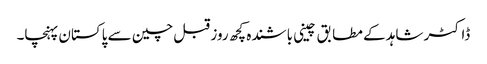
ڈاکٹر شاہد کے مطا بق چینی باشندہ کچھ روز قبل چین سے پاکستان پہنچا۔